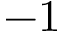
- 1